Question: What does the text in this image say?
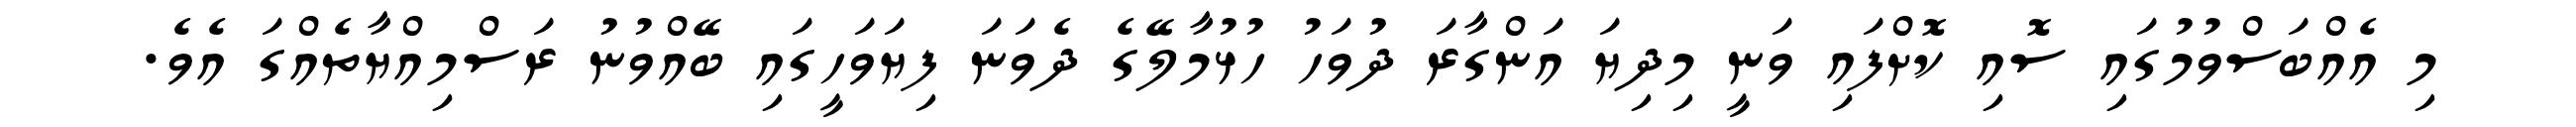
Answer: މި އެއްބަސްވުމުގައި ސޮއި ކޮށްފައި ވަނީ މިދިޔަ އަންގާރަ ދުވަހު ހުޅުމާލޭގެ ދެވަނަ ފިޔަވަހީގައި ބޭއްވުނު ރަސްމިއްޔާތެއްގަ އެވެ.